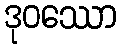
ဒုဝဿော